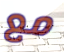
مع